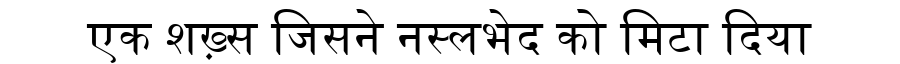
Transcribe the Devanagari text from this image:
एक शख़्स जिसने नस्लभेद को मिटा दिया